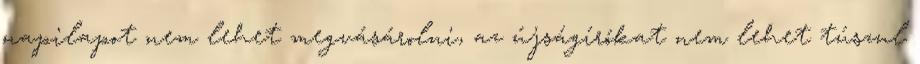
napilapot nem lehet megvásárolni, az újságírókat nem lehet túszul